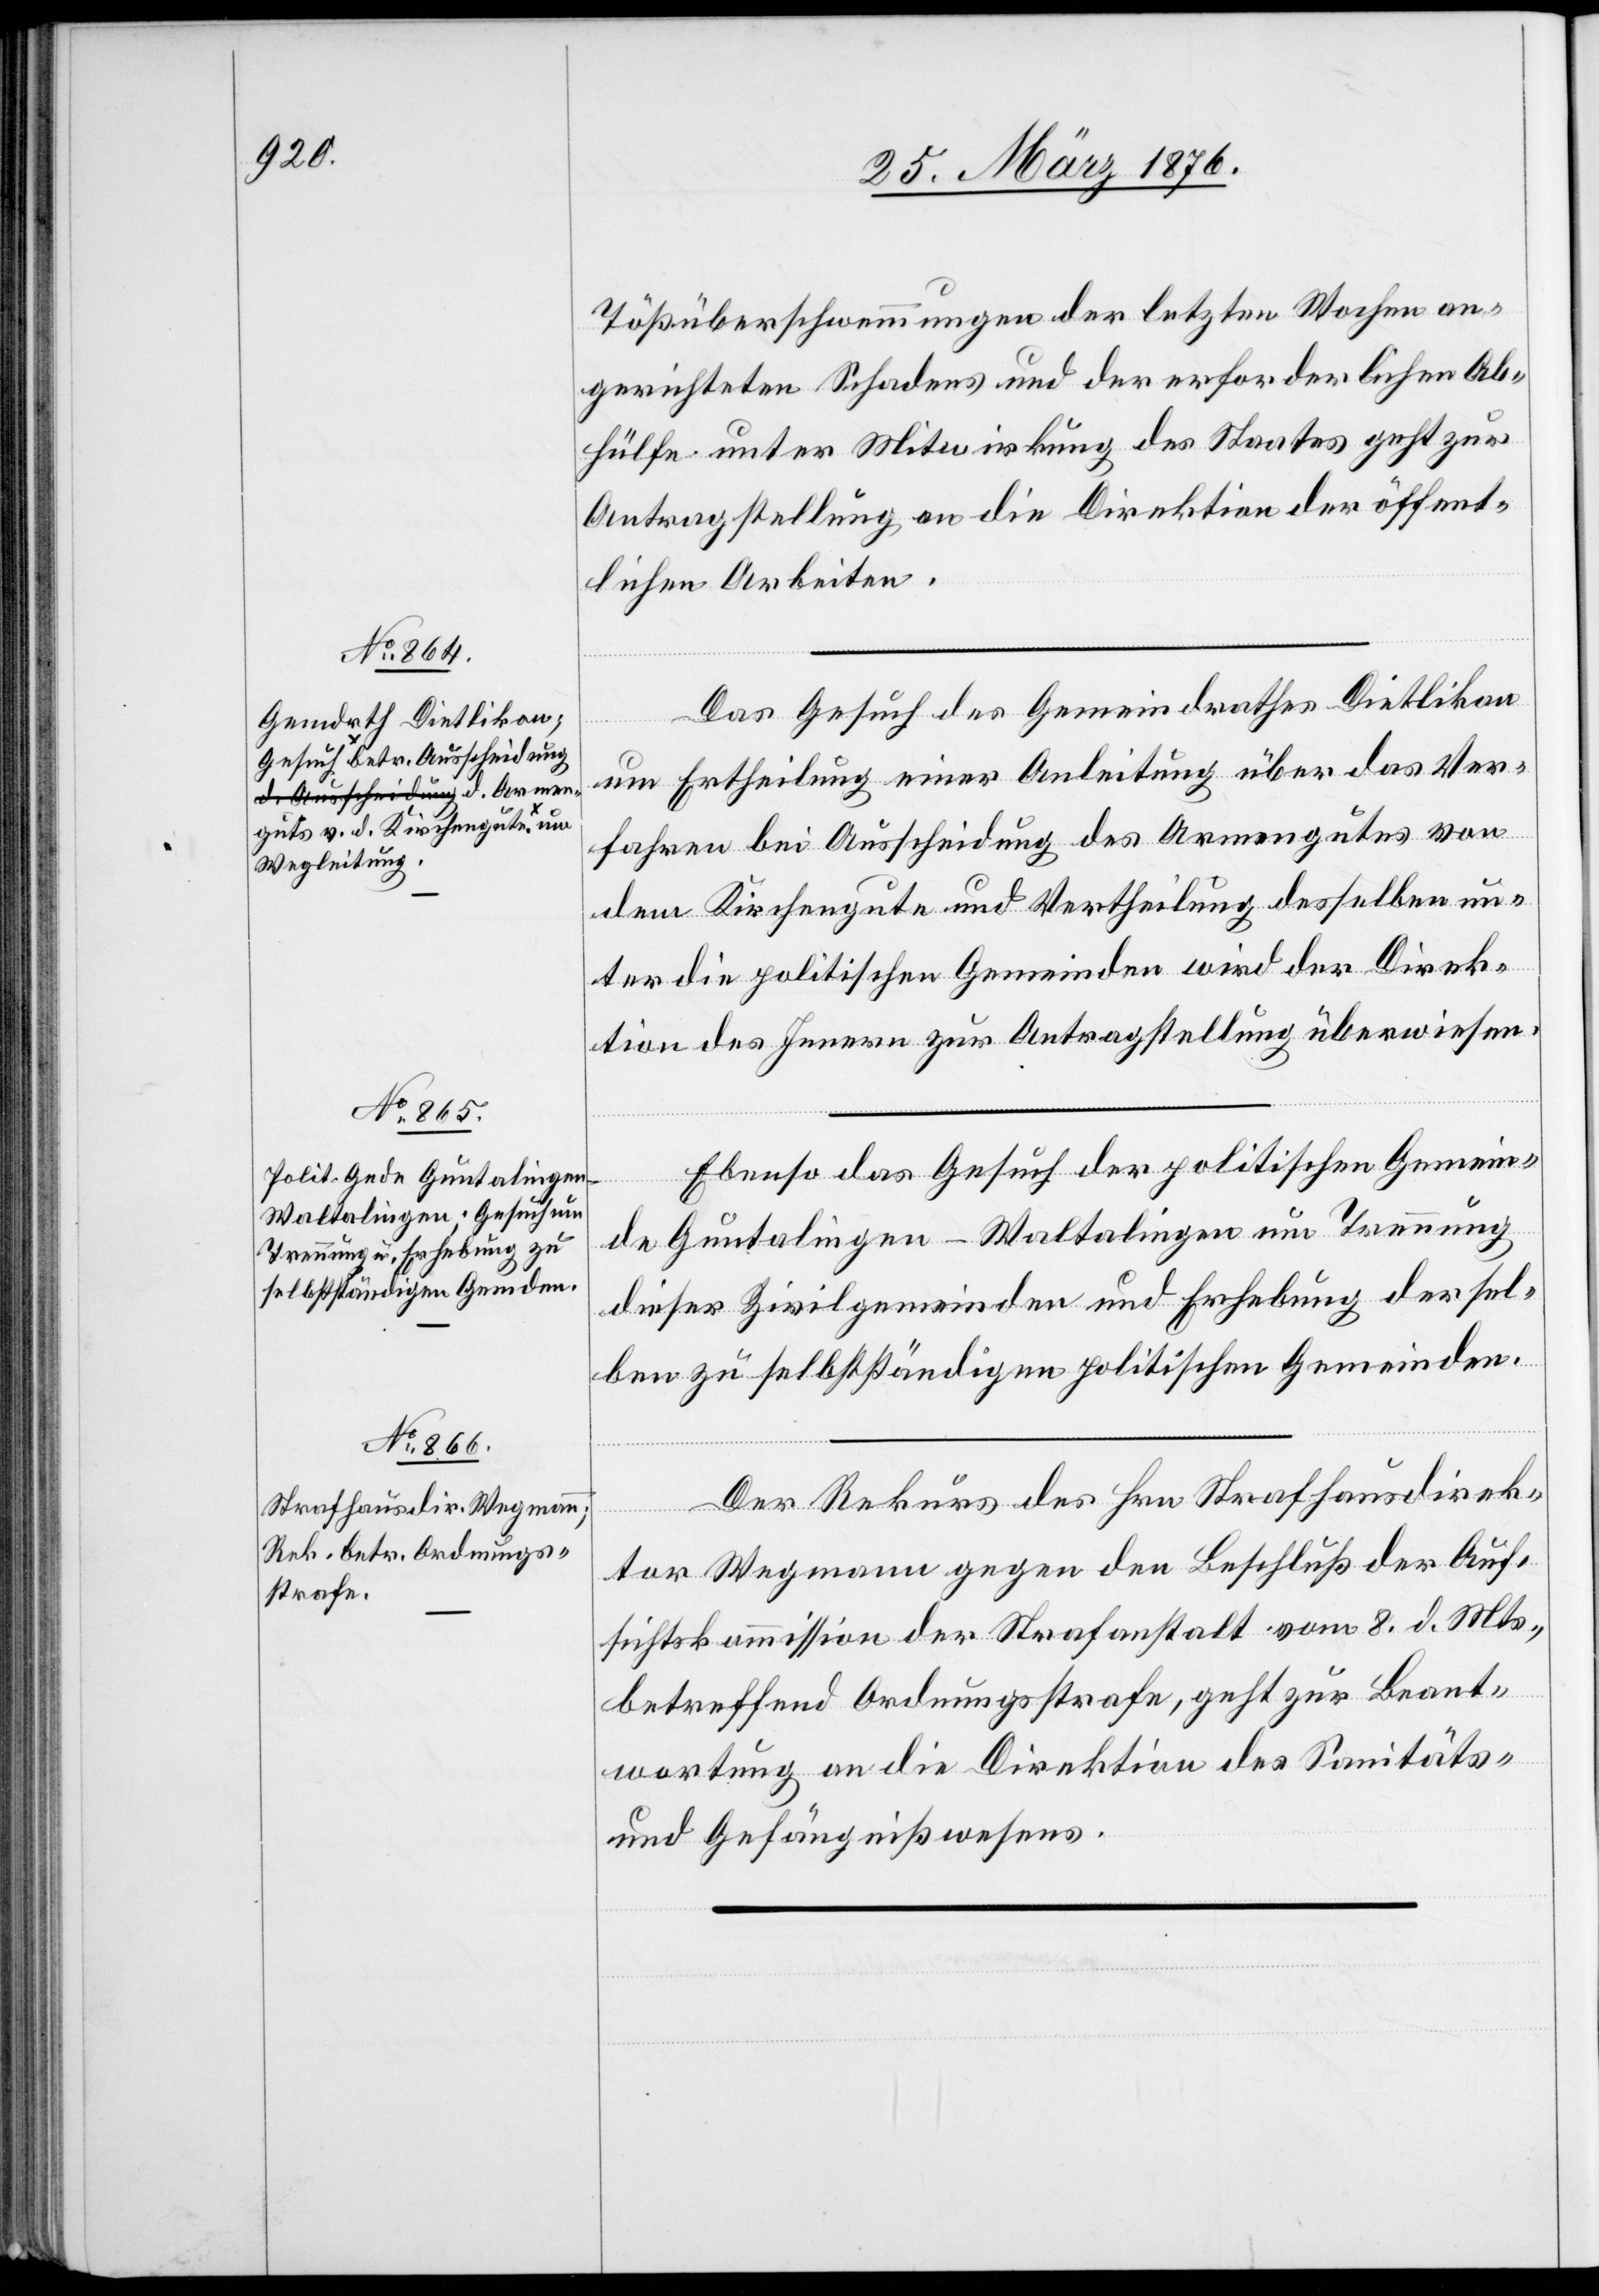
31. März 1876.]
Tößüberschwemmungen der letzten Wochen an¬
gerichteten Schadens und der erforderlichen Ab¬
hülfe unter Mitwirkung des Staates geht zur
Antragstellung an die Direktion der öffent¬
lichen Arbeiten.
Das Gesuch des Gemeindrathes Dietlikon
um Ertheilung einer Anleitung über das Ver¬
fahren bei Ausscheidung des Armengutes von
dem Kirchengute und Vertheilung desselben un¬
ter die politischen Gemeinden wird der Direk¬
tion des Innern zur Antragstellung überwiesen.
Ebenso das Gesuch der politischen Gemein¬
de Guntalingen-Waltalingen um Trennung
dieser Zivilgemeinden und Erhebung dersel¬
ben zu selbstständigen politischen Gemeinden.
Der Rekurs des Hrn Strafhausdirek¬
[Fortsetzung
tor Wegmann gegen den Beschluß der Auf¬
sichtskommission der Strafanstalt vom 8. d. Mts.,
betreffend Ordnungsstrafe, geht zur Beant¬
wortung an die Direktion des Sanitäts-
und Gefängnißwesens.